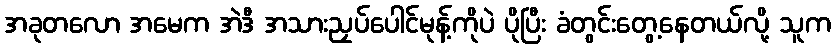
အခုတလော အမေက အဲဒီ အသားညှပ်ပေါင်မုန့်ကိုပဲ ပိုပြီး ခံတွင်းတွေ့နေတယ်လို့ သူက